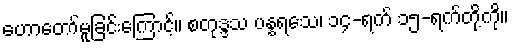
ဟောတော်မူခြင်းကြောင့်။ စတုဒ္ဒသ ပန္နရသေ၊ ၁၄-ရက် ၁၅-ရက်တို့ကို။